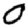
Digit: 0